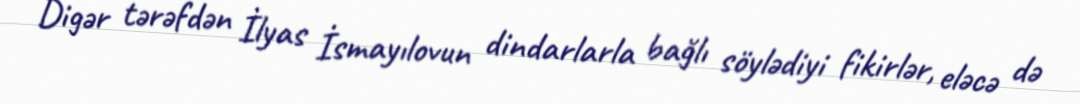
Digər tərəfdən İlyas İsmayılovun dindarlarla bağlı söylədiyi fikirlər, eləcə də